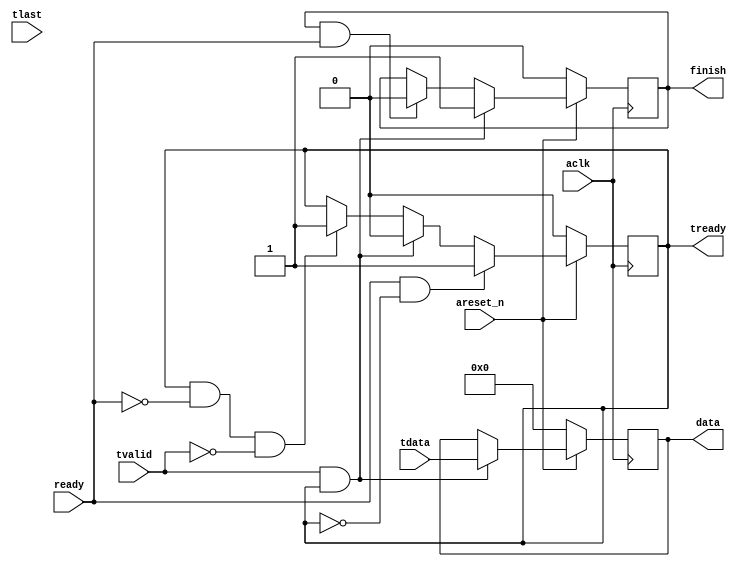
// Simple AXI-Stream Slave
// Receives data from the axis_master, it receives just 1 data and enables the finish
// When input ready goes high, than starts receiving the data.


`timescale 1us/1us

module axis_s (
			  input areset_n, aclk, 
			  output reg [31:0] 	data, 		// data that axis slave will receive
			  input 				ready,		// user app is ready to accept data, so slave can receive a data
			  
			  output reg 			tready, 
              input  				tvalid,
			  input 				tlast, 
			  input [31:0] 			tdata,
			 
			  output reg 			finish		// transaction is completed
			);

// handshake happened between master and slave
wire handshake;	
assign handshake = tvalid & tready;
			
// tready
always @ (posedge aclk)
	if ( ~areset_n)
		tready <= 1'b0;
	else
		if (ready && ~tready) // first time ready comes
			tready <= 1'b1;
		else
			if (handshake) // handshake happened, ready goes low
				tready <= 1'b0;
			else
				if ( tready && ~ready && ~tvalid ) // keep tready high, when user disables ready
					tready <= 1'b1;
				else
					tready <= tready;   // keep the value of tready

// data
always @ (posedge aclk)
	if ( ~areset_n)
		data <= 1'b0;
	else if (handshake)
			data <= tdata;
		else
			data <= data;
			
			
always @ (posedge aclk)
	if ( ~areset_n)
		finish <= 0;
	else if (handshake)
			finish <= 1'b1;
		else
			if (finish == 1 && ready )
				finish <= 0;
			else
				finish <= finish;		

endmodule